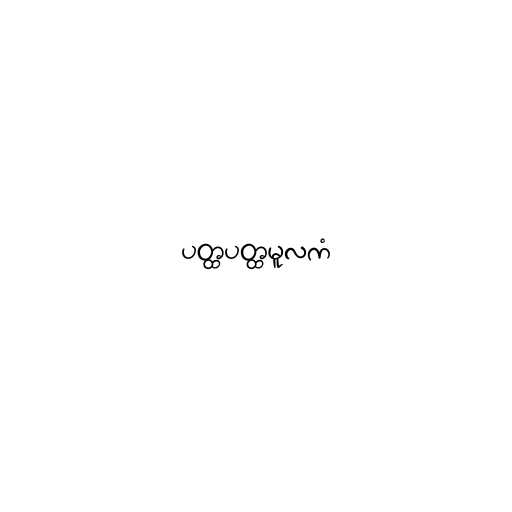
ပတ္ထပတ္ထမူလကံ